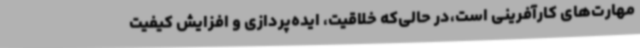
مهارت‌های کارآفرینی است،در حالی‌که خلاقیت، ایده‌پردازی و افزایش کیفیت